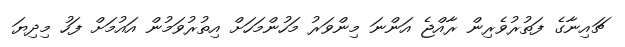
ޗައިނާގެ ފަތުރުވެރިން ރާއްޖެ އަންނަ މިންވަރު މަހުންމަހަށް އިތުރުވަމުން އައުމަށް ފަހު މިދިޔަ